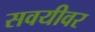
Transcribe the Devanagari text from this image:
सवयीवर